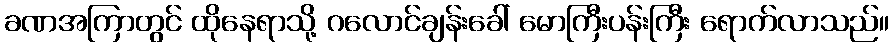
ခဏအကြာတွင် ထိုနေရာသို့ ဂလောင်ချန်းခေါ် မောကြီးပန်းကြီး ရောက်လာသည်။